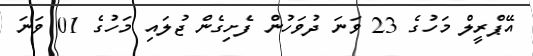
އޭޕްރީލް މަހުގެ 23 ވަނަ ދުވަހުން ފެށިގެން ޖުލައި މަހުގެ 01 ވަނަ